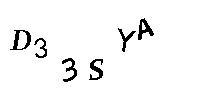
D33SYA